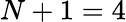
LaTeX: N+1=4